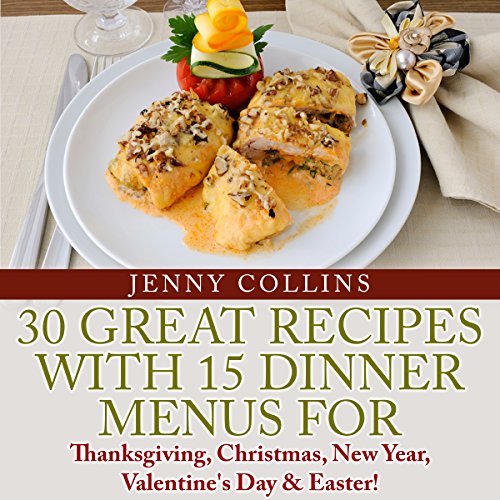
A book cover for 30 Great Recipes with 15 Dinner Menus for Thanksgiving, Christmas, New Year, Valentine's Day , & Easter!: Tastefully Simple Recipes, Book 9; Jenny Collins; Cookbooks, Food & Wine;